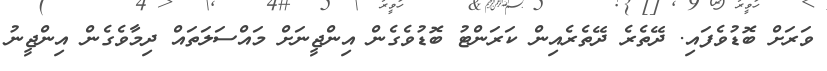
ވަރަށް ބޮޑުވެފައި. ދޭތެރެ ދޭތެރެއިން ކަރަންޓު ބޮޑުވެގެން އިންޖީނަށް މައްސަލަތައް ދިމާވެގެން އިންޖީނު